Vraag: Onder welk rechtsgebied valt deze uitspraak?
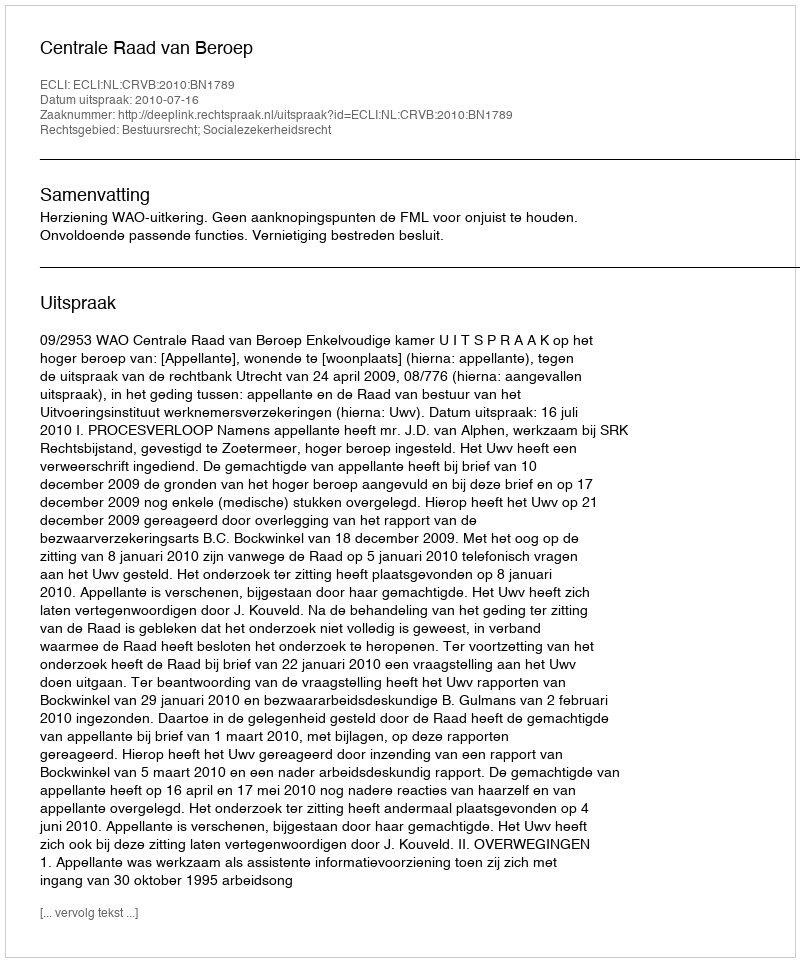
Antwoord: Bestuursrecht; Socialezekerheidsrecht